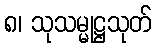
၈၊ သုသမ္မုဋ္ဌသုတ်